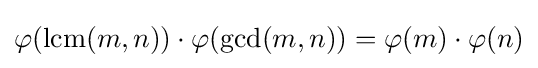
\varphi (\operatorname {lcm} (m,n))\cdot \varphi (\operatorname {gcd} (m,n))=\varphi (m)\cdot \varphi (n)